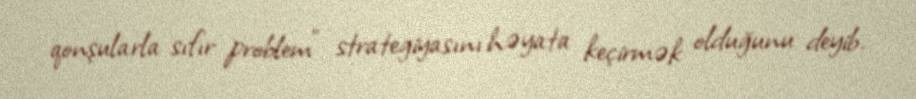
qonşularla sıfır problem” strategiyasını həyata keçirmək olduğunu deyib.